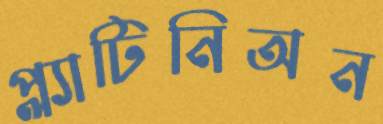
প্ল্যাটিনিঅন